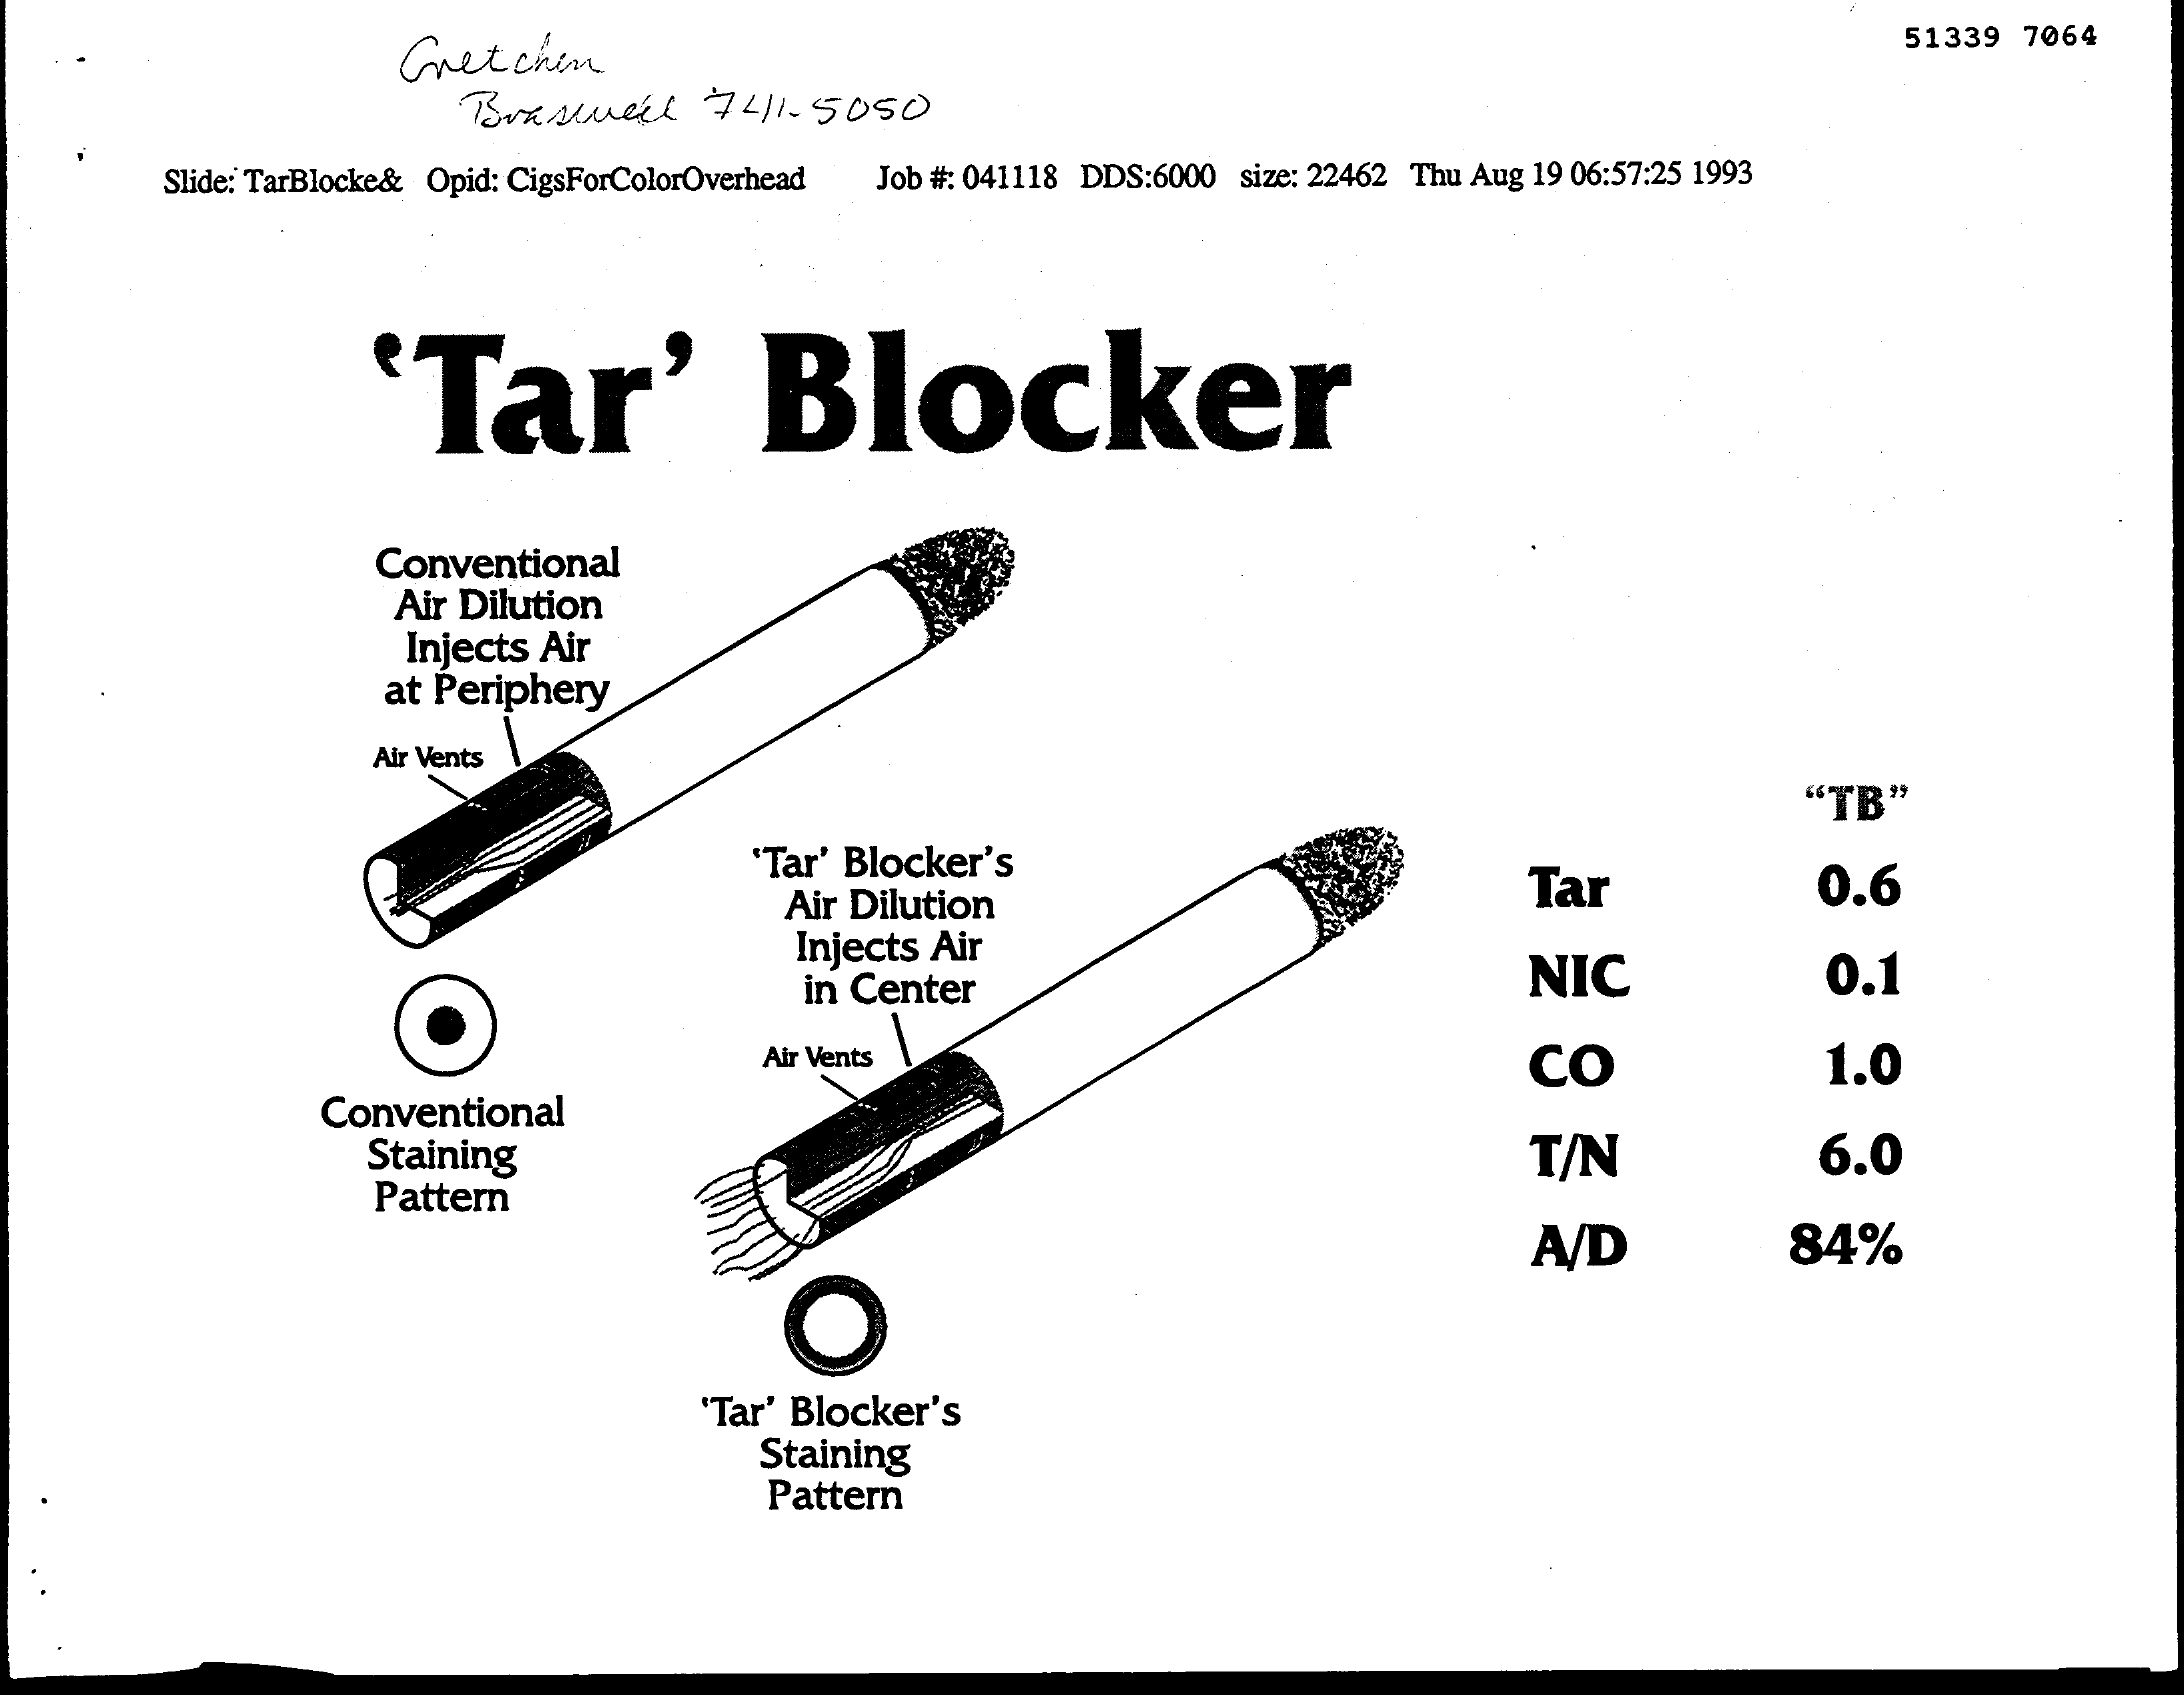
Gretchen
     51339 7064
     Brasuvedl    741-5050
     Slide: TarBlocke& Opid: CigsForColorOverhead Job #: 041118 DDS:6000 size: 22462 Thu Aug 19 06:57:25 1993
     'Tar'    Blocker
     Conventional
     Air Dilution
     Injects Air
     at Periphery
     Air Vents
     "TB"
     'Tar' Blocker's
     Air Dilution    Tar    0.6
     Injects Air
     in Center    NIC    0.1
     Air Vents    CO    1.0
     Conventional
     Staining    T/N    6.0
     Pattern
     A/D    84%
     Tar' Blocker's
     Staining
     Pattern